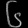
Digit: ၆